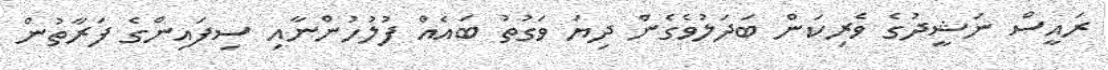
ރައީސް ނަޝީދުގެ ވެރިކަން ބަދަލުވެގެން ދިޔަ ވަގުތު ބައެއް ފުލުހުންނާއި ސިފައިންގެ ފަރާތުން